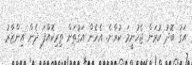
އަގު ބޮދު ކުރަން ޖެހުނީމަ ކުރާނެ. އެހެން އަގުތަށް ތިރިކޮއްފަ ދެން އިންޒާރު